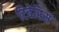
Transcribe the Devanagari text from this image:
टिबेरिस